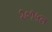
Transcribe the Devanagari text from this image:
२०१५त